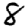
Digit: 8